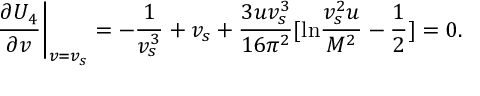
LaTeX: \left. \frac { \partial U _ { 4 } } { \partial v } \right| _ { v = v _ { s } } = - \frac { 1 } { v _ { s } ^ { 3 } } + v _ { s } + \frac { 3 u v _ { s } ^ { 3 } } { 1 6 \pi ^ { 2 } } [ \mathrm { l n } \frac { v _ { s } ^ { 2 } u } { M ^ { 2 } } - \frac { 1 } { 2 } ] = 0 .